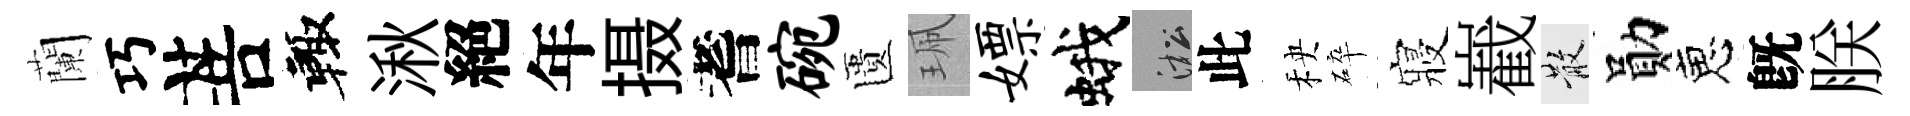
蘭巧菩輙湫絕年摄耆碗匱珮嫖蛾淞此秧碎寢嶻散勛恵旣朕